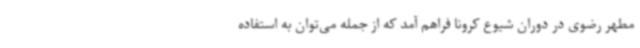
مطهر رضوی در دوران شیوع کرونا فراهم آمد که از جمله می‌توان به استفاده